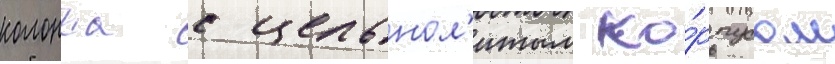
колонка с цельнол'итым ко́рпусом